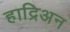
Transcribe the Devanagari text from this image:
हाद्रिअन